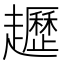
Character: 䟐